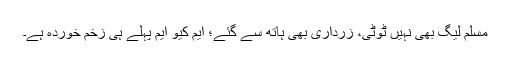
مسلم لیگ بھی نہیں ٹوٹی، زرداری بھی ہاتھ سے گئے؛ ایم کیو ایم پہلے ہی زخم خوردہ ہے۔